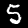
Label: 5